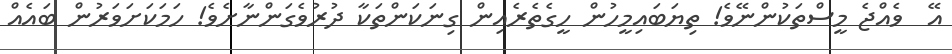
އޭ  ވެއްޖެ މީސްތަކުންނޭވެ! ތިޔަބައިމީހުން ހީގެތެރެއިން ގިނަކަންތަކާ ދުރުވެގަންނާށެވެ! ހަމަކަށަވަރުން ބައެއް